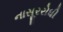
નાસૂરરોધી